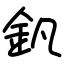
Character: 釩